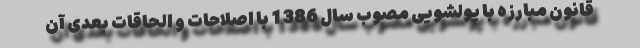
قانون مبارزه با پولشویی مصوب سال 1386 با اصلاحات و الحاقات بعدی آن